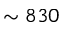
\sim 8 3 0